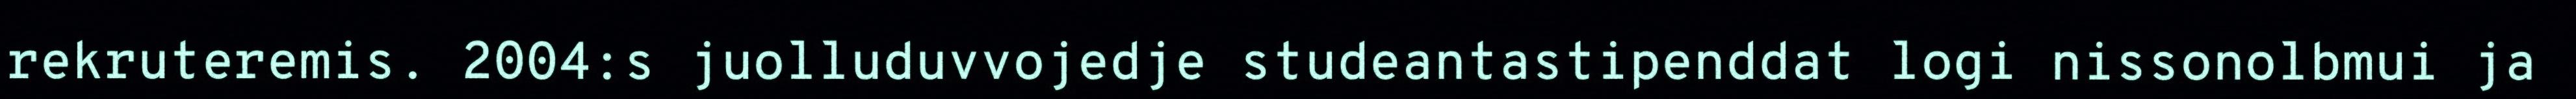
rekruteremis. 2004:s juolluduvvojedje studeantastipenddat logi nissonolbmui ja